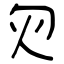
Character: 灳